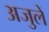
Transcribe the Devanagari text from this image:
अजुलें